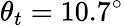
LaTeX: \theta_{t}=10.7^{\circ}